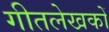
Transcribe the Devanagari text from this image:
गीतलेखकों